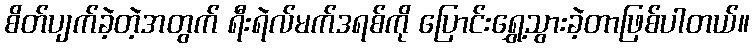
စိတ်ပျက်ခဲ့တဲ့အတွက် ရီးရဲလ်မက်ဒရစ်ကို ပြောင်းရွှေ့သွားခဲ့တာဖြစ်ပါတယ်။